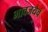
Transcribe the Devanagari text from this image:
भावजयेचं